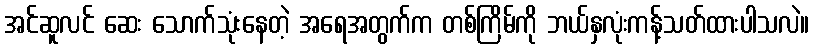
အင်ဆူလင် ဆေး သောက်သုံးနေတဲ့ အရေအတွက်က တစ်ကြိမ်ကို ဘယ်နှလုံးကန့်သတ်ထားပါသလဲ။